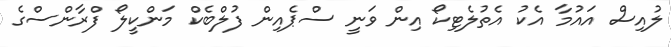
ލުއިސް އައުމާ އެކު އެތުލެޓިކޯ އިން ވަނީ ސްޕެއިން ފުލްބެކް މަންކީލޯ ފްރާންސްގެ